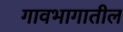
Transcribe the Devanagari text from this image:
गावभागातील